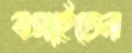
বসাইতেন